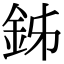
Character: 𨥦